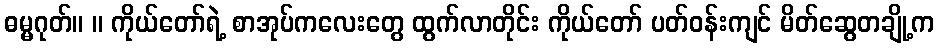
ဓမ္မဂုတ်။ ။ ကိုယ်တော်ရဲ့ စာအုပ်ကလေးတွေ ထွက်လာတိုင်း ကိုယ်တော် ပတ်ဝန်းကျင် မိတ်ဆွေတချို့က